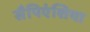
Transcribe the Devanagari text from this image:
सैपिएंशिया